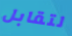
لتقابل